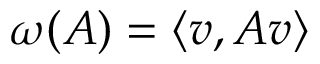
\omega ( A ) = \langle v , A v \rangle